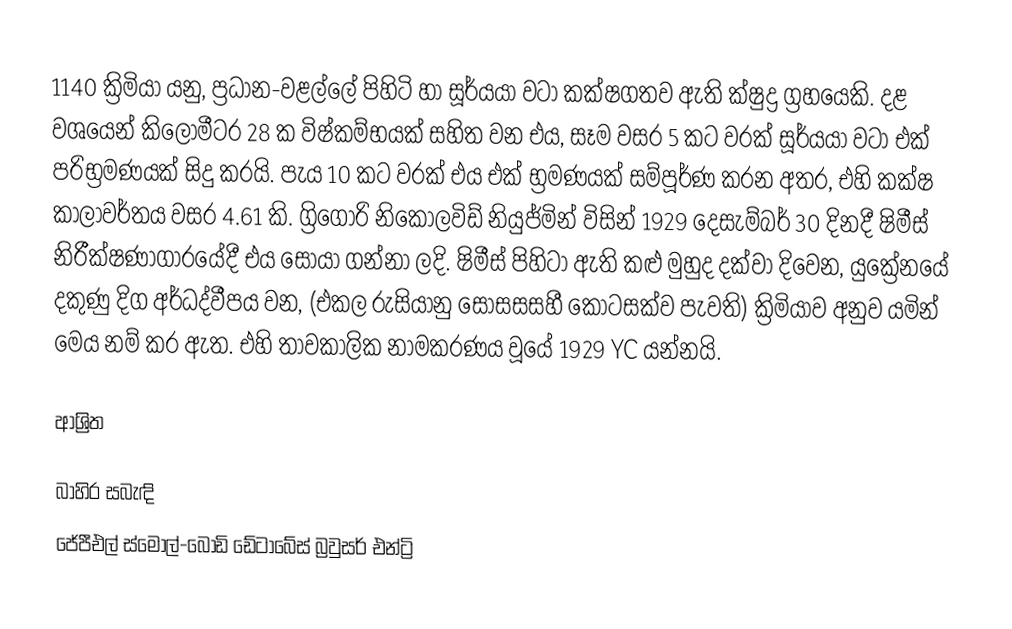
1140 ක්‍රිමියා යනු, ප්‍රධාන-වළල්ලේ පිහිටි හා    සූර්යයා වටා කක්ෂගතව ඇති ක්ෂුද්‍ර ග්‍රහයෙකි. දළ වශයෙන් කිලෝමීටර 28 ක විෂ්කම්භයක් සහිත වන එය, සෑම වසර 5 කට වරක් සූර්යයා වටා එක් පරිභ්‍රමණයක් සිදු කරයි. පැය 10 කට වරක් එය එක් භ්‍රමණයක් සම්පූර්ණ කරන අතර, එහි කක්ෂ කාලාවර්තය වසර  4.61 කි.  ග්‍රිගෝරි නිකොලවිඩ් නියුජ්මින් විසින් 1929 දෙසැම්බර් 30 දිනදී  ෂිමීස් නිරීක්ෂණාගාරයේදී එය සොයා ගන්නා ලදි. ෂිමීස් පිහිටා ඇති කළු මුහුද දක්වා දිවෙන, යුක්‍රේනයේ දකුණු දිග අර්ධද්වීපය වන,   (එකල  රුසියානු සෝසසසහී කොටසක්ව පැවති) ක්‍රිමියාව අනුව යමින් මෙය නම් කර ඇත. එහි තාවකාලික නාමකරණය වූයේ  1929 YC යන්නයි.

ආශ්‍රිත

බාහිර සබැඳි
 ජේපීඑල් ස්මෝල්-බොඩි ඩේටාබේස් බ්‍රවුසර් එන්ට්‍රි